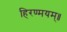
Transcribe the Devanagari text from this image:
हिरण्मयम्॥